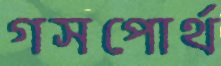
গসপোর্থ